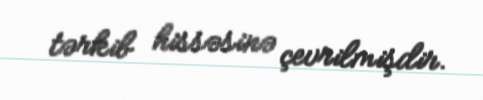
tərkib hissəsinə çevrilmişdir.